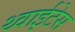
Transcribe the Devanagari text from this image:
थ्वाईटेस